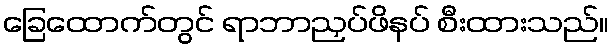
ခြေထောက်တွင် ရာဘာညှပ်ဖိနပ် စီးထားသည်။